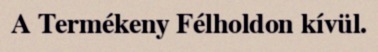
A Termékeny Félholdon kívül.